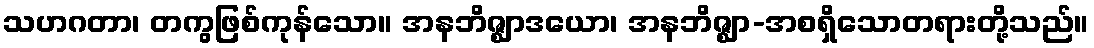
သဟဂတာ၊ တကွဖြစ်ကုန်သော။ အနဘိဇ္ဈာဒယော၊ အနဘိဇ္ဈာ-အစရှိသောတရားတို့သည်။